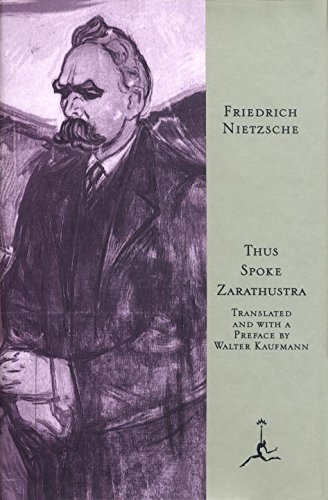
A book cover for Thus Spoke Zarathustra: A Book for All and None (Modern Library); Friedrich Nietzsche; Politics & Social Sciences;